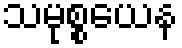
သမုစ္စယေန